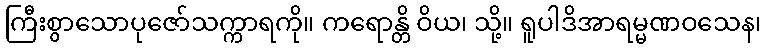
ကြီးစွာသောပုဇော်သက္ကာရကို။ ကရောန္တိ ဝိယ၊ သို့။ ရူပါဒိအာရမ္မဏဝသေန၊